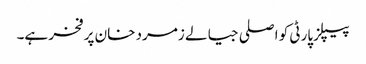
پیپلزپارٹی کو اصلی جیالے زمرد خان پر فخر ہے۔